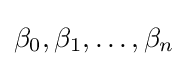
\beta _{0},\beta _{1},\ldots ,\beta _{n}